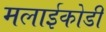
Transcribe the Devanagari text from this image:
मलाईकोडी